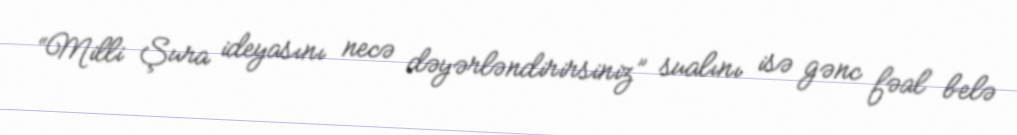
“Milli Şura ideyasını necə dəyərləndirirsiniz” sualını isə gənc fəal belə